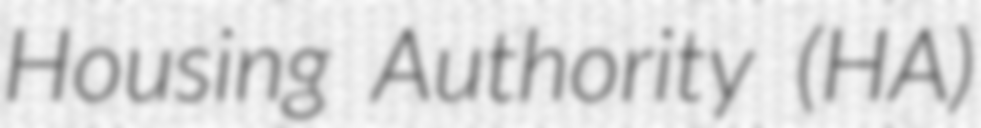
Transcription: Housing Authority (HA)